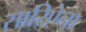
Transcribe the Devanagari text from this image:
सारिऐना